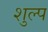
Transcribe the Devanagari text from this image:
शुल्प